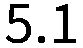
5.1